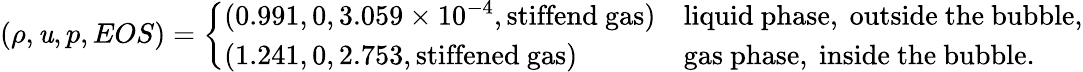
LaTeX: \left(\rho,\mathit{u},p,EOS\right)=\left\{ \begin{array}{ll}{(0.991,0,3.059\times 10^{-4},\mathrm{stiffend~gas})}&{\mathrm{liquid~phase,~outside~the~bubble,}}\\ {(1.241,0,2.753,\mathrm{stiffened~gas})}&{\mathrm{gas~phase,~inside~the~bubble.}}\end{array}\right.